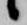
候